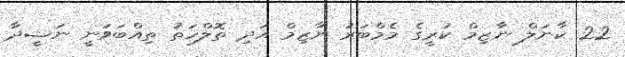
22 ކާނަލް ނާޒިމް ކުރީގެ މެމްބަރު ނާޒިމް އަދި ތޮލްހަތު ތިއްބަވަނީ ނަޝީދާ